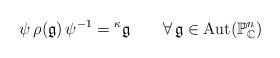
LaTeX: \begin{align*}\psi\,\rho(\mathfrak{g})\,\psi^{-1}={}^{\kappa}\!\, \mathfrak{g}\qquad\forall\,\mathfrak{g}\in\mathrm{Aut}(\mathbb{P}^n_\mathbb{C})\end{align*}